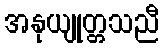
အနုယျုတ္တသညီ